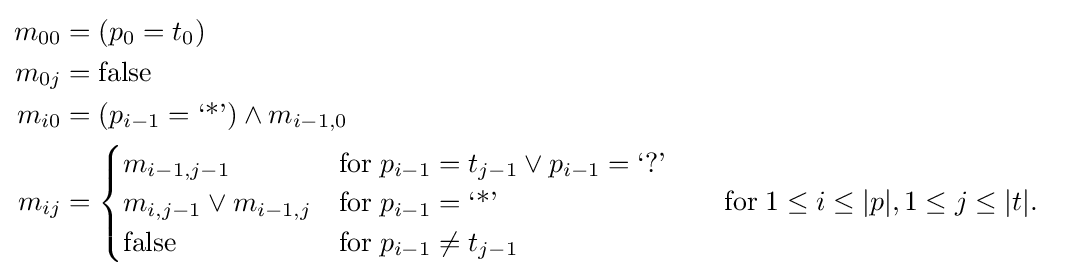
{\begin{aligned}m_{00}&=(p_{0}=t_{0})\\m_{0j}&={\text{false}}\\m_{i0}&=(p_{i-1}={\text{‘*’}})\land m_{i-1,0}\\m_{ij}&={\begin{cases}m_{i-1,j-1}&{\text{for}}\;p_{i-1}=t_{j-1}\lor p_{i-1}={\text{‘?’}}\\m_{i,j-1}\lor m_{i-1,j}&{\text{for}}\;p_{i-1}={\text{‘*’}}\\{\text{false}}&{\text{for}}\;p_{i-1}\neq t_{j-1}\end{cases}}&&\quad {\text{for}}\;1\leq i\leq |p|,1\leq j\leq |t|.\end{aligned}}